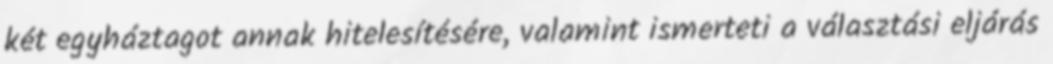
két egyháztagot annak hitelesítésére, valamint ismerteti a választási eljárás